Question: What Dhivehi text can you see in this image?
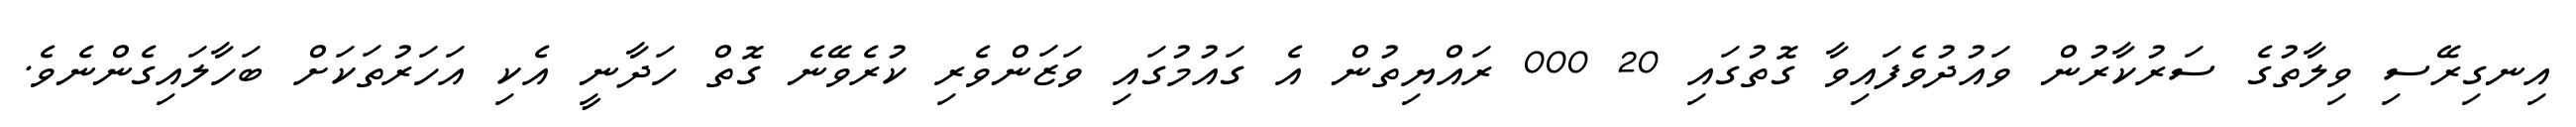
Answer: އިނގިރޭސި ވިލާތުގެ ސަރުކާރުން ވައުދުވެފައިވާ ގޮތުގައި 20 000 ރައްޔިތުން އެ ގައުމުގައި ވަޒަންވެރި ކުރެވޭނެ ގޮތް ހަދާނީ އެކި އަހަރުތަކަށް ބަހާލައިގެންނެވެ.